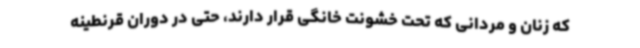
که زنان و مردانی که تحت خشونت خانگی قرار دارند، حتی در دوران قرنطینه